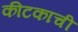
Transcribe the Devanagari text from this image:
कीटकाची